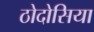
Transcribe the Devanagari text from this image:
ठोदोसिया